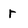
Character: r